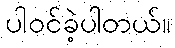
ပါဝင်ခဲ့ပါတယ်။